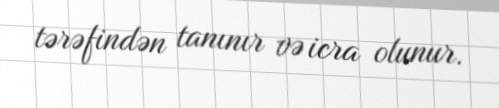
tərəfindən tanınır və icra olunur.